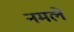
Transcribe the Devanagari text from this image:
नमले